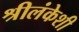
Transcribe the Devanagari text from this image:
श्रीलंकेशी